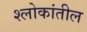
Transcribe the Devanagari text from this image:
श्लोकांतील